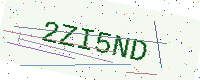
Text: 2ZI5ND